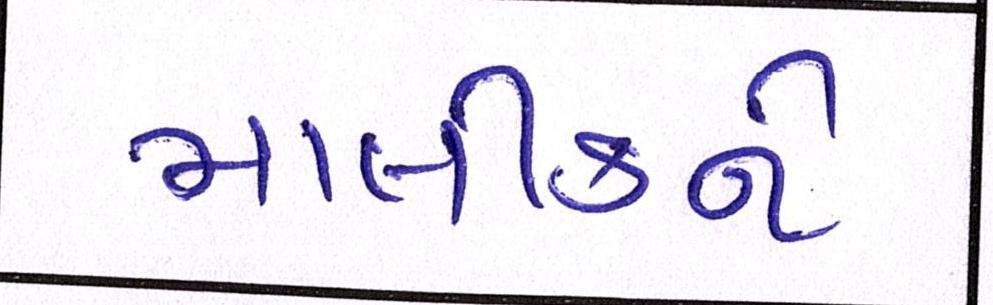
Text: માલીકને